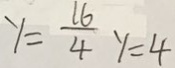
y = \frac { 1 6 } { 4 } y = 4